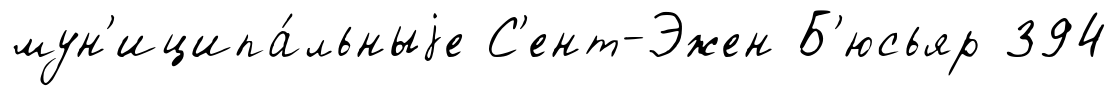
мун'иципа́льныjе С'ент-Эжен Б'юсьяр 394